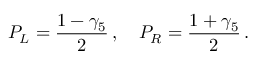
P _ { L } = \frac { 1 - \gamma _ { 5 } } { 2 } \, , \quad P _ { R } = \frac { 1 + \gamma _ { 5 } } { 2 } \, .